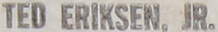
TEO ERIKSEN. JR.